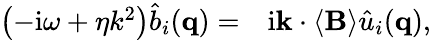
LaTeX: \begin{array}{rl}{\left(-\mathrm{i}\omega+\eta k^{2}\right)\hat{b}_{i}(\mathbf{q})=}&{{}\mathrm{i}\mathbf{k}\cdot\left\langle\mathbf{B}\right\rangle\hat{u}_{i}(\mathbf{q}),}\end{array}